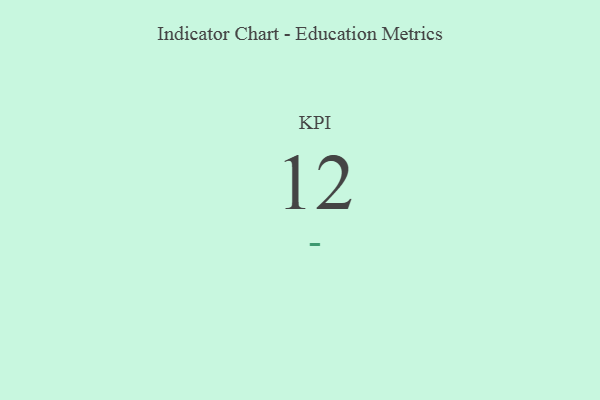
{"axis": {"x": "KPI", "y": "Value"}, "legend": [""], "data": [{"x": "KPI", "y": 12, "type": ""}]}